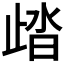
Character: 𣥾